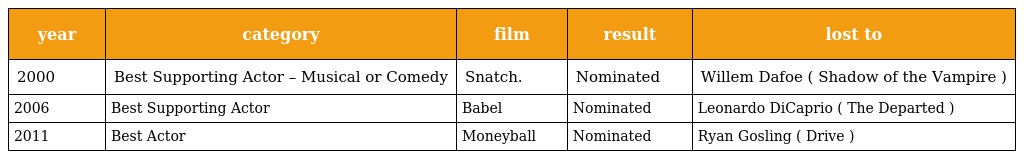
| year | category | film | result | lost to |
 | --- | --- | --- | --- | --- |
 | 2000 | Best Supporting Actor – Musical or Comedy | Snatch. | Nominated | Willem Dafoe ( Shadow of the Vampire ) |
 | 2006 | Best Supporting Actor | Babel | Nominated | Leonardo DiCaprio ( The Departed ) |
 | 2011 | Best Actor | Moneyball | Nominated | Ryan Gosling ( Drive ) |